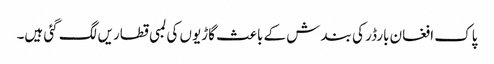
پاک افغان بارڈر کی بندش کے باعث گاڑیوں کی لمبی قطاریں لگ گئی ہیں۔